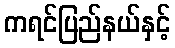
ကရင်ပြည်နယ်နှင့်